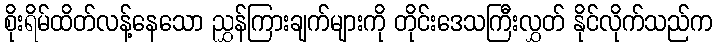
စိုးရိမ်ထိတ်လန့်နေသော ညွှန်ကြားချက်များကို တိုင်းဒေသကြီးလွှတ် နိုင်လိုက်သည်က